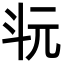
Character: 𣁯